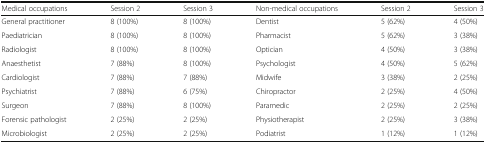
| Medical occupations | Session 2 | Session 3 | Non-medical occupations | Session 2 | Session 3 |
 | --- | --- | --- | --- | --- | --- |
 | General practitioner | 8 (100%) | 8 (100%) | Dentist | 5 (62%) | 4 (50%) |
 | Paediatrician | 8 (100%) | 8 (100%) | Pharmacist | 5 (62%) | 3 (38%) |
 | Radiologist | 8 (100%) | 8 (100%) | Optician | 4 (50%) | 3 (38%) |
 | Anaesthetist | 7 (88%) | 8 (100%) | Psychologist | 4 (50%) | 5 (62%) |
 | Cardiologist | 7 (88%) | 7 (88%) | Midwife | 3 (38%) | 2 (25%) |
 | Psychiatrist | 7 (88%) | 6 (75%) | Chiropractor | 2 (25%) | 4 (50%) |
 | Surgeon | 7 (88%) | 8 (100%) | Paramedic | 2 (25%) | 2 (25%) |
 | Forensic pathologist | 2 (25%) | 2 (25%) | Physiotherapist | 2 (25%) | 3 (38%) |
 | Microbiologist | 2 (25%) | 2 (25%) | Podiatrist | 1 (12%) | 1 (12%) |